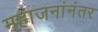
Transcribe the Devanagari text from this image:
महाजनांनंतर